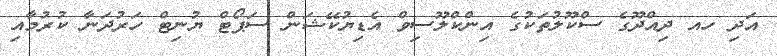
އަދި ހއ ދިއްދޫގެ ސްކޫލުތަކުގެ އިންކްލޫސިވް އެޑިޔުކޭޝަން ސަޕޯޓް ޔުނިޓް ހަރުދަނާ ކުރުމާއި